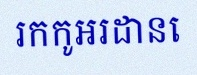
រកកូអរដោនេ